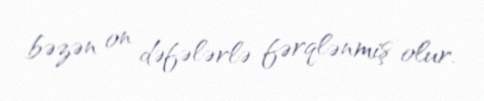
bəzən on dəfələrlə fərqlənmiş olur.